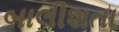
બાલીશતા